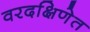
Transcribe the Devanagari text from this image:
वरदक्षिणेत